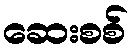
ဆေးစစ်